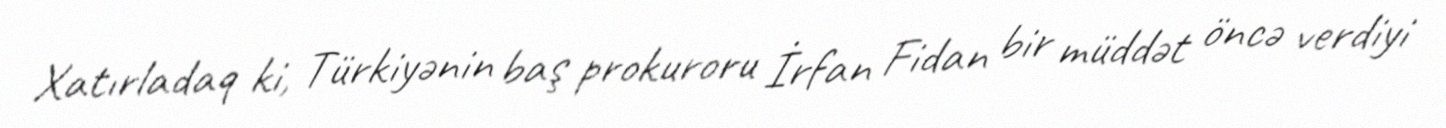
Xatırladaq ki, Türkiyənin baş prokuroru İrfan Fidan bir müddət öncə verdiyi